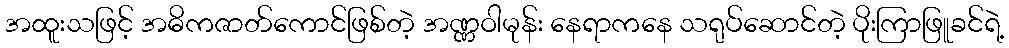
အထူးသဖြင့် အဓိကဇာတ်ကောင်ဖြစ်တဲ့ အဏ္ဏဝါမုန်း နေရာကနေ သရုပ်ဆောင်တဲ့ ပိုးကြာဖြူခင်ရဲ့